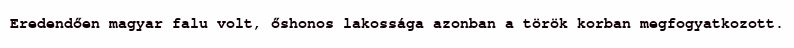
Eredendően magyar falu volt, őshonos lakossága azonban a török korban megfogyatkozott.